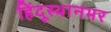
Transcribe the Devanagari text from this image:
हिंदूस्थानभर